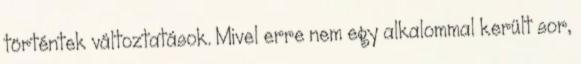
történtek változtatások. Mivel erre nem egy alkalommal került sor,